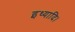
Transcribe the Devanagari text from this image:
इथ्यादि।